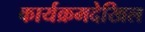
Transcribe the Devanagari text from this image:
कार्यक्रमदेखिल